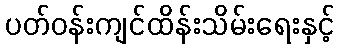
ပတ်ဝန်းကျင်ထိန်းသိမ်းရေးနှင့်